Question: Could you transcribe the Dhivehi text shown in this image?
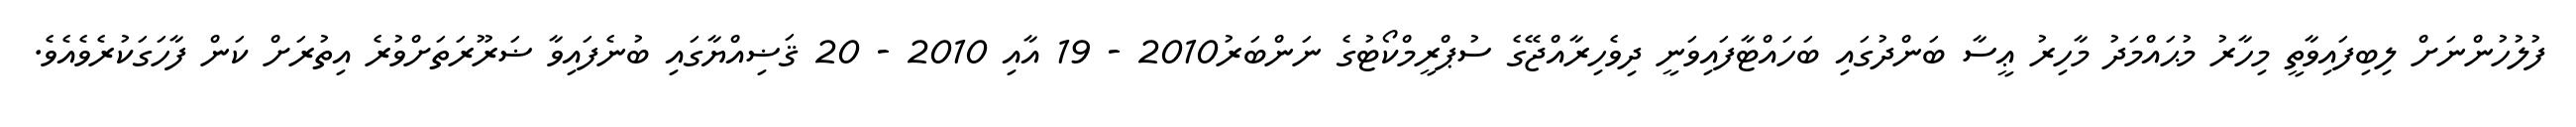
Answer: ފުލުހުންނަށް ލިބިފައިވާތީ މިހާރު މުޙައްމަދު މާހިރު ޢީސާ ބަންދުގައި ބަހައްޓާފައިވަނީ ދިވެހިރާއްޖޭގެ ސުޕްރީމްކޯޓުގެ ނަންބަރު2010 - 19 އާއި 2010 - 20 ޤަޟިއްޔާގައި ބުނެފައިވާ ޟަރޫރަތަށްވުރެ އިތުރަށް ކަން ފާހަގަކުރެވެއެވެ.